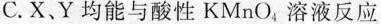
C. X、Y均能与酸性KMnO_{4}，溶液反应